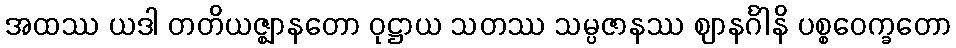
အထဿ ယဒါ တတိယဇ္ဈာနတော ဝုဋ္ဌာယ သတဿ သမ္ပဇာနဿ ဈာနင်္ဂါနိ ပစ္စဝေက္ခတော